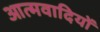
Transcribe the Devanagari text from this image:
आत्मवादियों